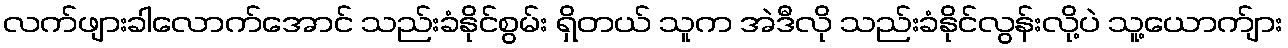
လက်ဖျားခါလောက်အောင် သည်းခံနိုင်စွမ်း ရှိတယ် သူက အဲဒီလို သည်းခံနိုင်လွန်းလို့ပဲ သူ့ယောက်ျား